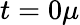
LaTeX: t=0\mu